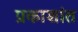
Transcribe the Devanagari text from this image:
प्रकाशांत